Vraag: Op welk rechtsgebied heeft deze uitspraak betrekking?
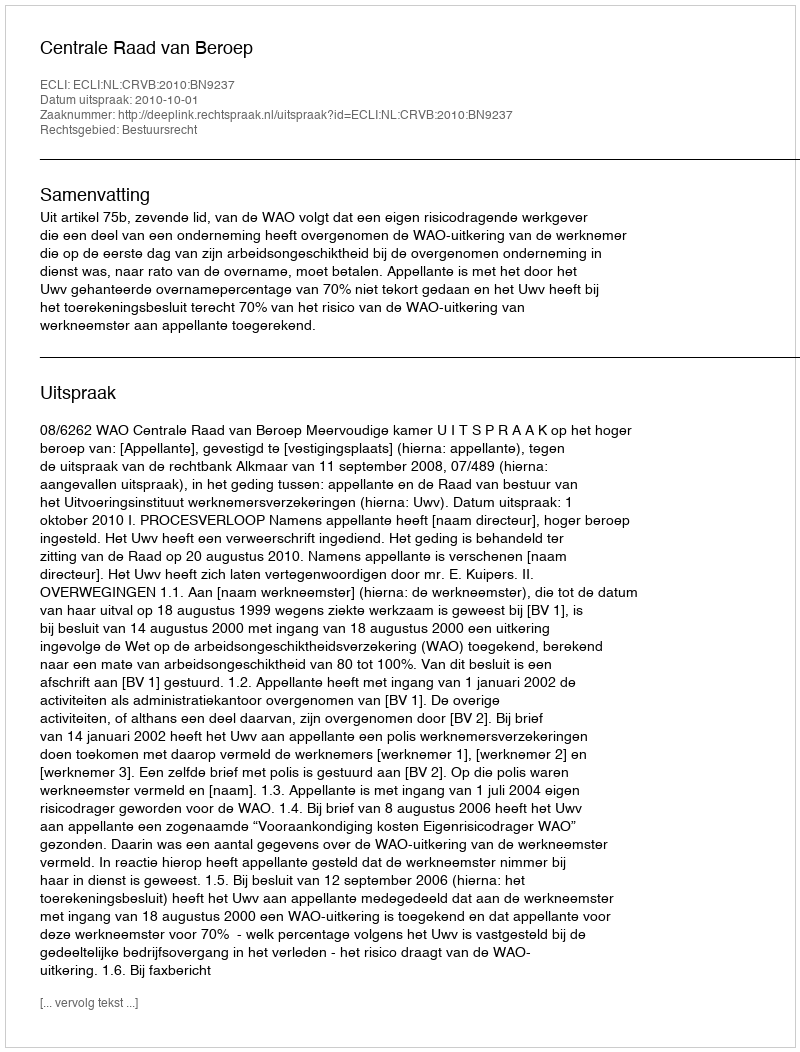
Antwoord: Bestuursrecht